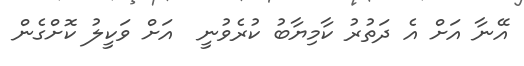
އޭނާ އަށް އެ ދަތުރު ކާމިޔާބު ކުރެވުނީ  އަށް ވަކީލު ކޮށްގެން